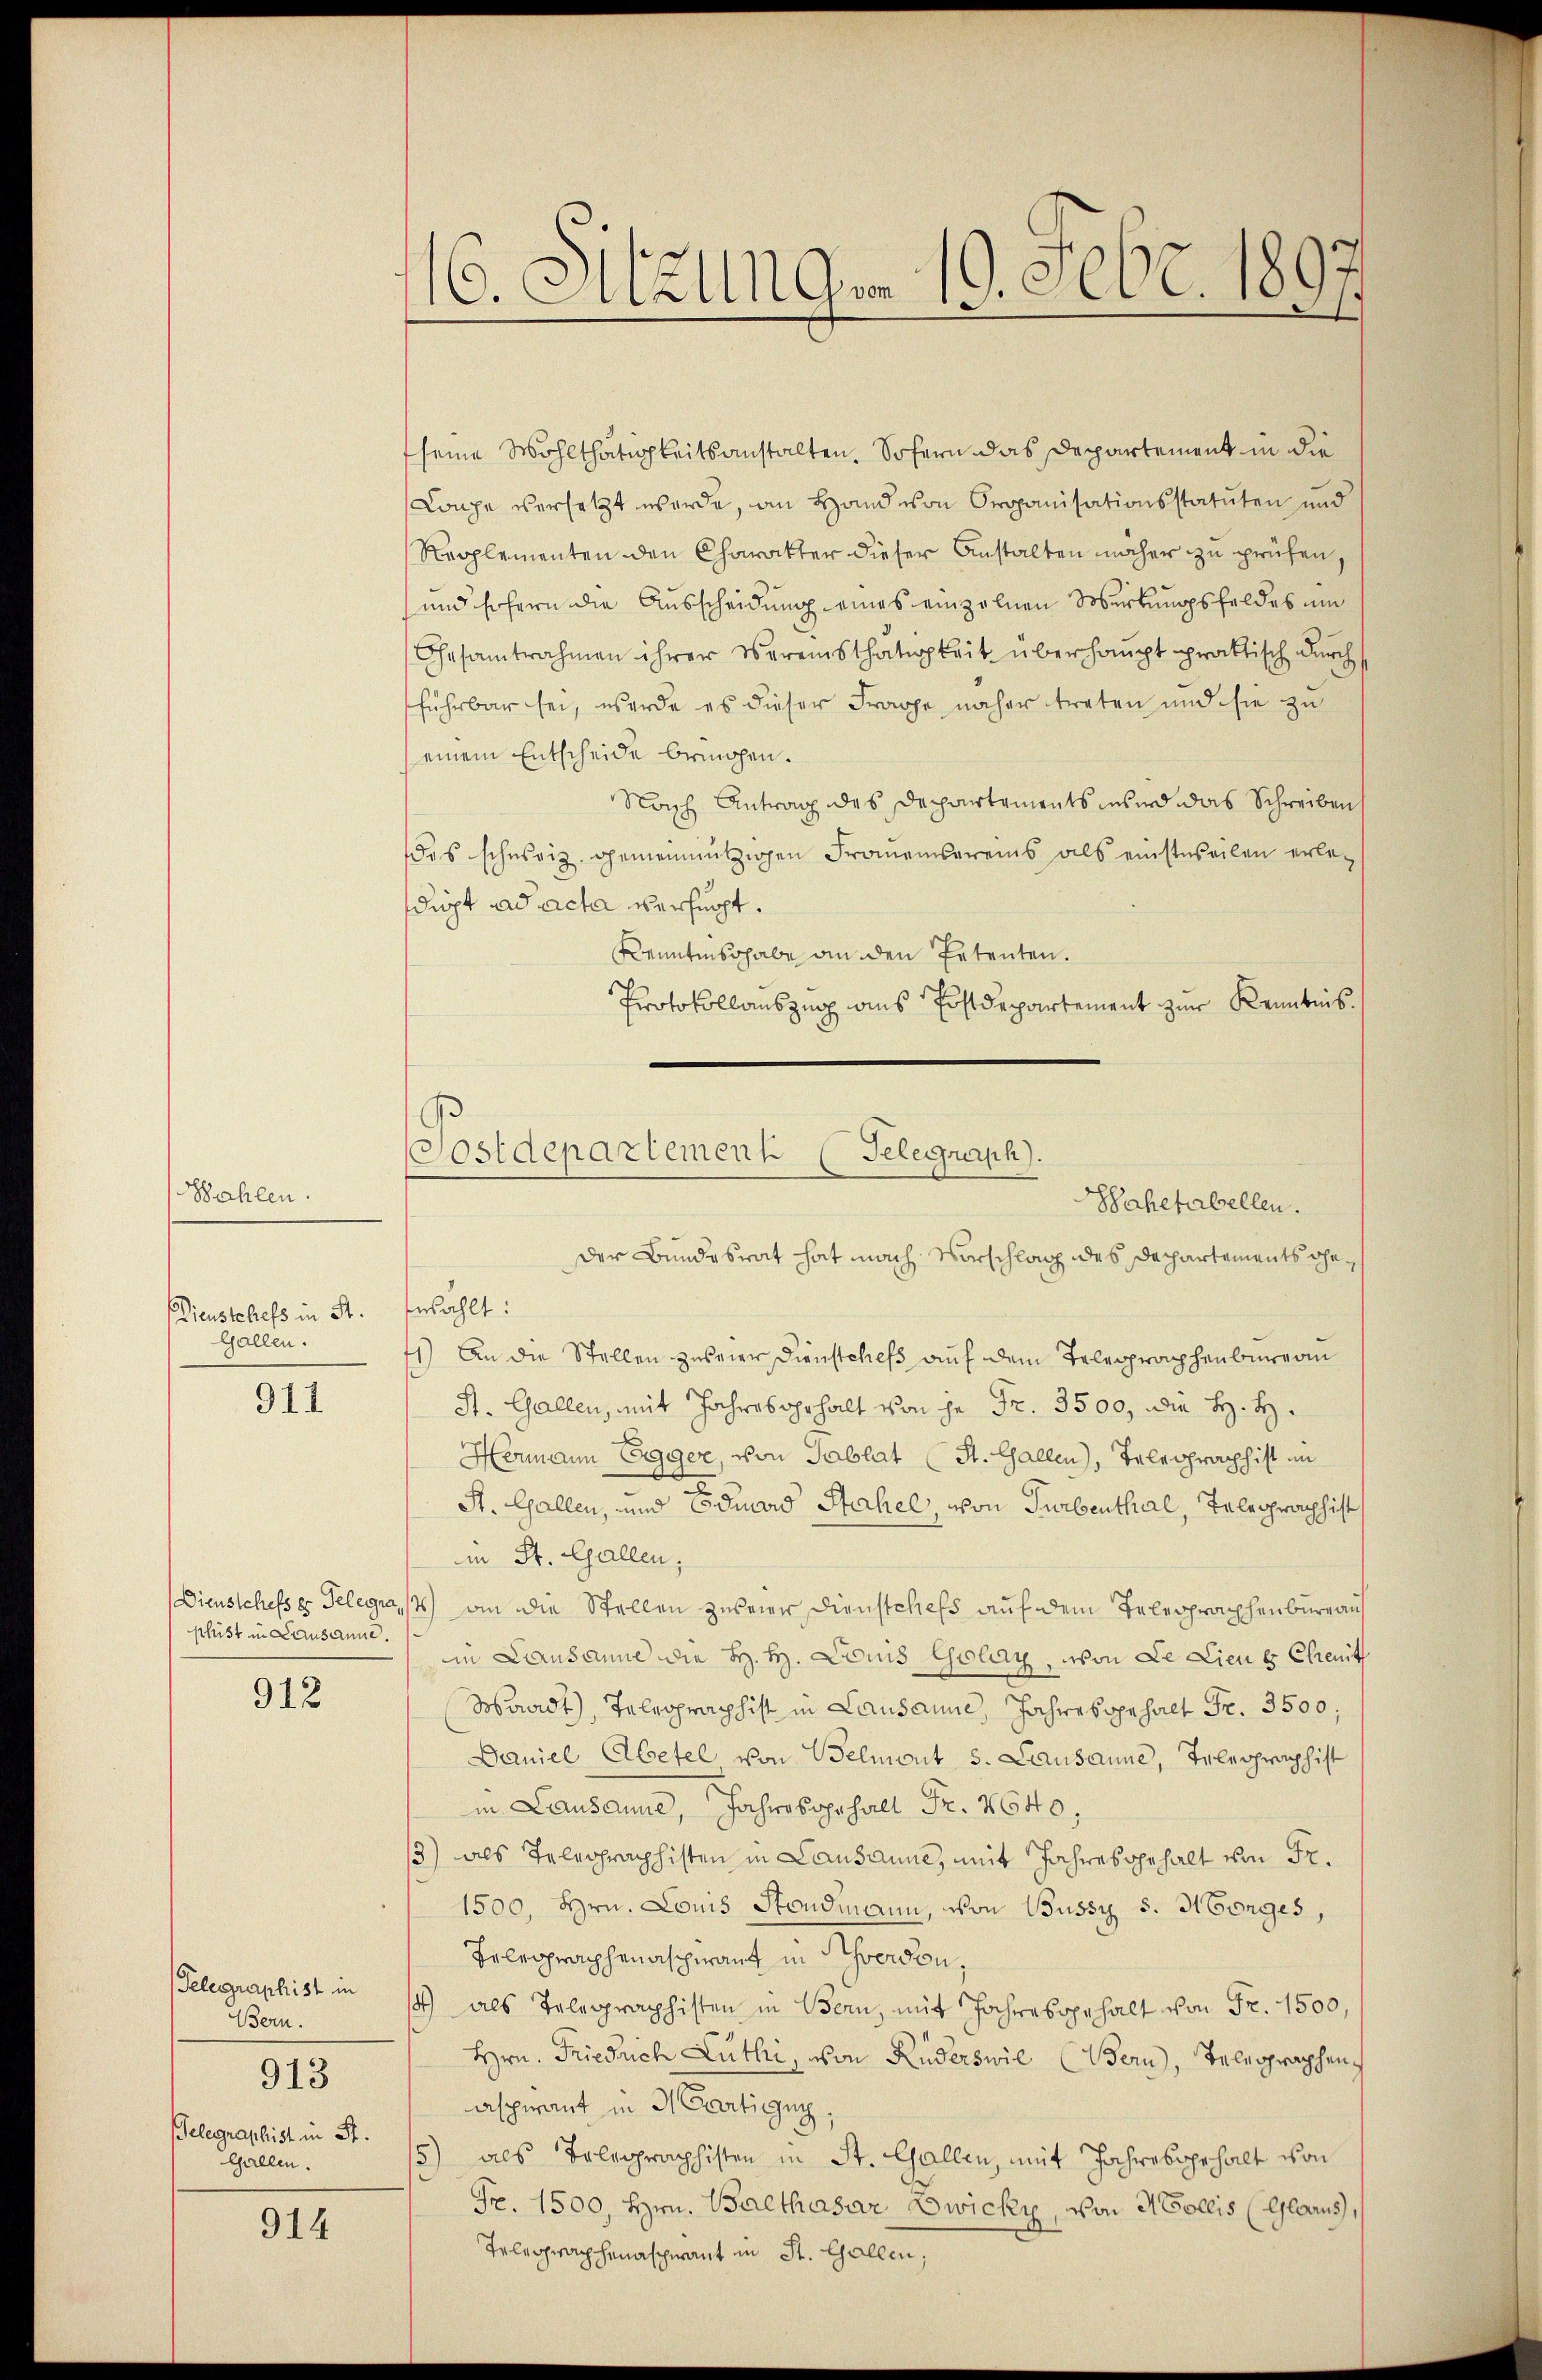
Wahlen.

ieustchefs in St.
Gallen.

911

slust in Lausanne.

912

Telegraphist in
Bern.
Telegraphist in St.
Gallen.

913

914

16. Sitzung. 19. Febr. 1897

(Sostdepartement (Telegraph.
Sahetabellen.

seine Wohlthätigkeitsanstalten. Sofern das Departement in die
Lage versetzt werde, an Hand von Organisationsstatuten und
Reglementen den Charakter dieser Anstalten näher zu prüfen,
und sofern die Ausscheidung eines einzelnen Werbungsfeldes um
Gesamtnahmen ihrer Vereinsthätigkeit überhaupt praktisch durch
führbar sei, werde es dieser Frage näher treten und sie zu
einem Entscheide bringen.
Nach Antrag des Departements wird das Schreiben
das scherig gemeinnützigen Fromensereins als einstweilen erledupt ad acta verhuppt.
Kenntnis habe an den Petenten.
Protokollauszug aus Erstdepartement zur Kenntnis.
Der Bundesrat hat nach Vorschlag des Departements geezählt:
41) An die Stellen zu seier Dienstchefs auf dem Telegraphenbureau
St. Gallen, mit Jahresahrhalt von je Fr. 3500, die H. H.
Hermann Egger, von Tablat (St. Gallen), Telegraphist im
St. Gallen, und Eduard Stahel, von Turbenthal, Telegraphist
in St. Gallen;
Dienstchefs er Telegrat) an die Stellen zweier Dienstchefs auf dem Telegraphenburg auf
in Lausanne die H. H. Louis Golay, von Le Liene Chenit
Waadt, Telegraphist in Lausanne, Jahresbehalt Fr. 3500,
Daniel Abetel, von Belmont 5. Lausanne, Telegraphist
in Lausanne, Jahresgehalt Fr. 4640.
/3) als Telegraphisten in Lausanne, mit Jahresgehalt von Fr.
1500, Hrn. Louis Stondmann, von Bussy s. Morges,
Telegraphenaschwant in werden,
1) als Telegraphisten in Bern, mit Jahresgehalt von Fr. 1500,
Hrn. Friedrich Luthi, von Ruderswil (Bern, Telegraphen
aspirant in Martigun
5) als Telegraphisten in St. Gallen, mit Jahresgehalt von
Fr. 1500, Hrn. Balthasar Zwicky, von H Collis (Glarus,